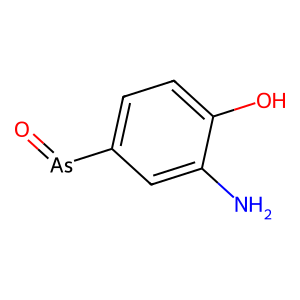
SMILES: Nc1cc([As]=O)ccc1O
Inhibits HIV replication: No